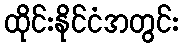
ထိုင်းနိုင်ငံအတွင်း